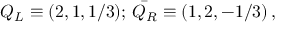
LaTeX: Q _ { L } \equiv ( 2 , 1 , 1 / 3 ) ; \, \bar { Q _ { R } } \equiv ( 1 , 2 , - 1 / 3 ) \, ,